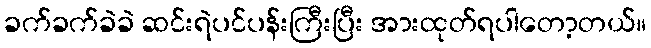
ခက်ခက်ခဲခဲ ဆင်းရဲပင်ပန်းကြီးပြီး အားထုတ်ရပါတော့တယ်။